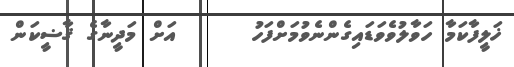
ޚަލީފާކަމާ ހަވާލުވެވަޑައިގެންނެވުމަށްފަހު      އަށް މަދީނާގެ ޤާޟީކަން